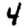
Digit: 4